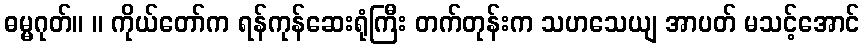
ဓမ္မဂုတ်။ ။ ကိုယ်တော်က ရန်ကုန်ဆေးရုံကြီး တက်တုန်းက သဟသေယျ အာပတ် မသင့်အောင်